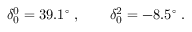
\delta _ { 0 } ^ { 0 } = 3 9 . 1 ^ { \circ } ~ , \qquad \delta _ { 0 } ^ { 2 } = - 8 . 5 ^ { \circ } ~ .